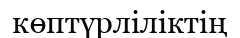
көптүрліліктің